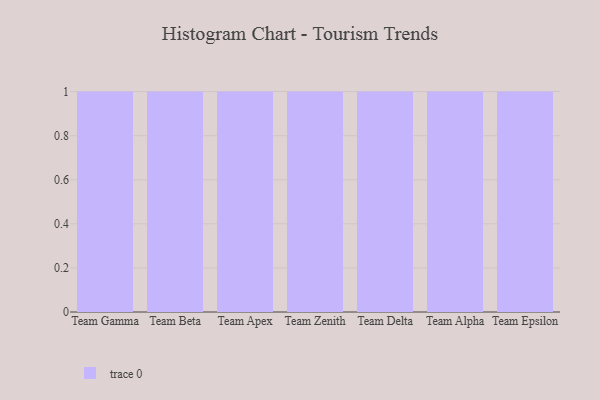
{"axis": {"x": "Team", "y": "Conversion Rate (%)"}, "legend": [""], "data": [{"x": "Team Gamma", "y": 2, "type": ""}, {"x": "Team Beta", "y": 81, "type": ""}, {"x": "Team Apex", "y": 93, "type": ""}, {"x": "Team Zenith", "y": 89, "type": ""}, {"x": "Team Delta", "y": 26, "type": ""}, {"x": "Team Alpha", "y": 73, "type": ""}, {"x": "Team Epsilon", "y": 80, "type": ""}]}